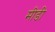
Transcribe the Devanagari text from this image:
मीडी